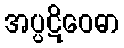
အပ္ပဋိဝေဓာ